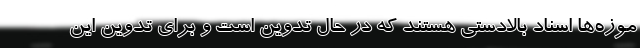
موزه‌ها اسناد بالادستی هستند که در حال تدوین است و برای تدوین این